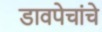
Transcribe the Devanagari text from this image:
डावपेचांचे